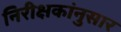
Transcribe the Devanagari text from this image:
निरीक्षकांनुसार